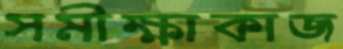
সমীক্ষাকাজ